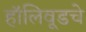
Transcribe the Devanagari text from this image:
हॉलिवूडचे